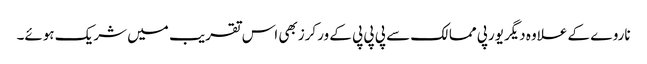
ناروے کے علاوہ دیگریورپی ممالک سے پی پی پی کے ورکرزبھی اس تقریب میں شریک ہوئے۔